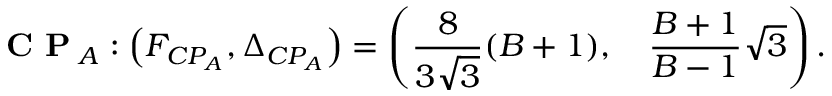
\textbf { C P } \! _ { A } : \left( F _ { C P _ { A } } , \Delta _ { C P _ { A } } \right) = \left( \frac { 8 } { 3 \sqrt { 3 } } ( B + 1 ) , \quad \frac { B + 1 } { B - 1 } \sqrt { 3 } \right) .